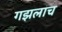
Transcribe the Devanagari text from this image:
गझलाच